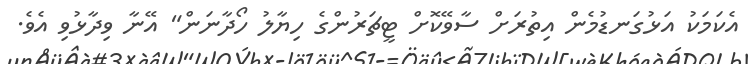
އެކަމަކު އަޅުގަނޑުމެން އިތުރަށް ސާވޭކޮށް ޓީޗަރުންގެ ހިޔާލު ހޯދާނަން" އޭނާ ވިދާޅުވި އެވެ.